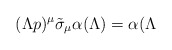
\begin{align*}(\Lambda p)^{\mu }\tilde{\sigma}_{\mu }\alpha (\Lambda )=\alpha (\Lambda\end{align*}